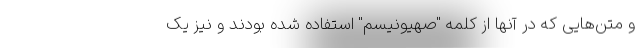
و متن‌هایی که در آنها از کلمه "صهیونیسم" استفاده شده بودند و نیز یک